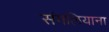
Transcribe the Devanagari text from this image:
संगलियाना